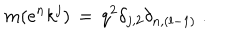
m ( e ^ { n } k ^ { j } ) \, = \, q ^ { 2 } \delta _ { j , 2 } \delta _ { n , ( l - 1 ) } \; .